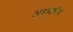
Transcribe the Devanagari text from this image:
आघातांना